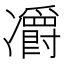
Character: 𠘣